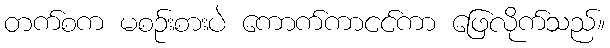
တက်စက မစဉ်းစားပဲ ကောက်ကာငင်ကာ ဖြေလိုက်သည်။